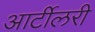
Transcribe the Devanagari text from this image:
आर्टीलरी